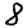
Digit: 8